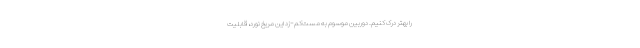
را بهتر درک کنیم. دوربین موسوم به مست‌کم-زد این مریخ نورد، قابلیت